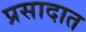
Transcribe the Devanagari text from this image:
प्रसादात